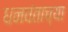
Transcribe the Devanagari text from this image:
धनवंताच्या